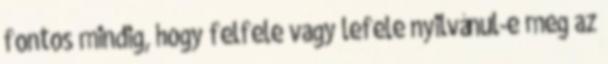
fontos mindig, hogy felfele vagy lefele nyilvánul-e meg az